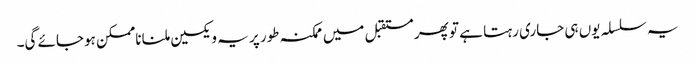
یہ سلسلہ یوں ہی جاری رہتا ہے تو پھر مستقبل میں ممکنہ طور پر یہ ویکسین ملنا ناممکن ہوجائے گی۔